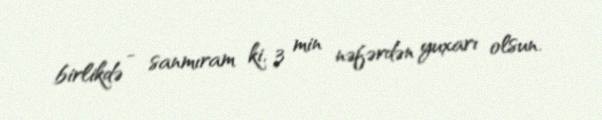
birlikdə - sanmıram ki, 3 min nəfərdən yuxarı olsun.